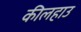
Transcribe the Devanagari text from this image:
कीलहाउ